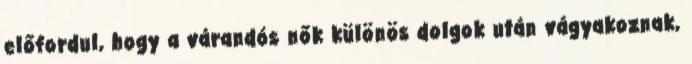
előfordul, hogy a várandós nők különös dolgok után vágyakoznak,